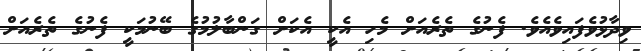
ވިދާޅުވެފައިވެއެވެ. ފެނުގެ ތެރެއަށް މެހި އެކީ އެކަށް ގަންބާލުމުގެ ބޭނުމަކީ ފެނުގެ ތެރެއަށް